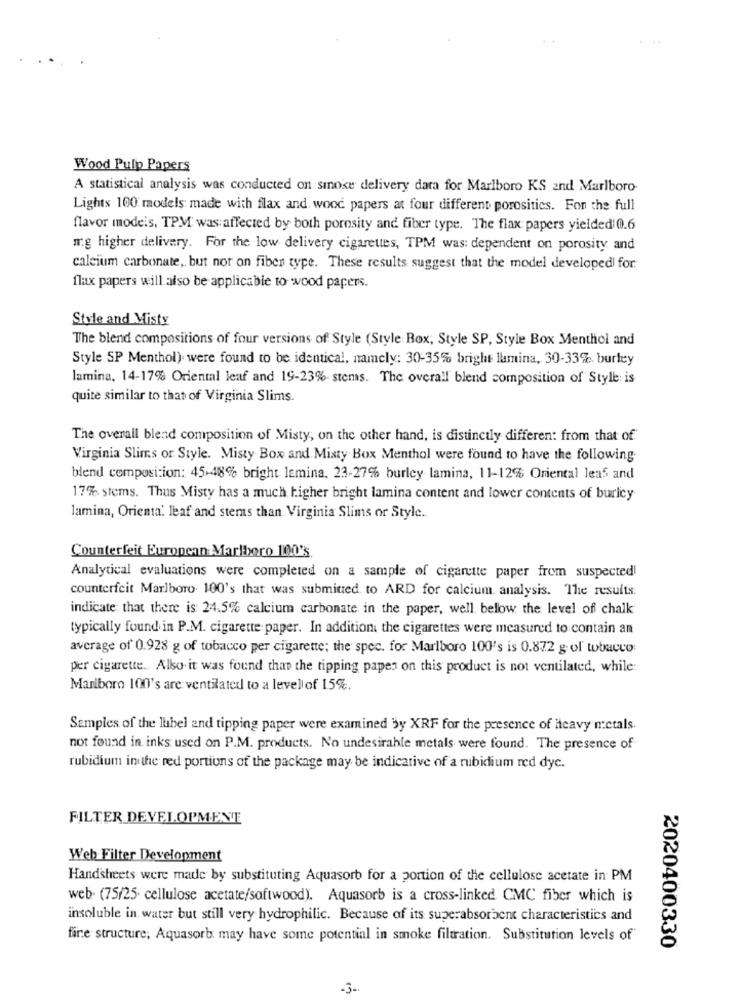
Wood Pulp Papers
A statistical analysis was conducted on sinose delivery data for Marlboro KS and Marlboro
Lights 100 models made with flax and wood papers at four different porositics. Fon the full
flavor models, TPM was affected by both porosity and fiber type. The flax papers yielded 0.6
mg higher delivery. For the low delivery cigareues, TPM was: dependent on porosity and
calcium carbonate, but not on fiber type. These results suggest that the model developed for.
flax papers will also be applicable to wood papers.
Style and Misty
The blend compositions of four versions of Style (Style Box, Style SP, Style Box Menthol and
Style SP Menthol) were found to be identical, namely: 30-35% bright lamina, 30-33%. burley
lamina, 14-17% Oriental leaf and 19-23%- stems. The overall blend composition of Style is
quite similar to that of Virginia Slims.
The overall blend composition of Misty, on the other hand, is distinctly different from that of
Virginia Slims or Style. Misty Box and Misty Box Menthol were found to have the following
blend composition: 45.48% bright lemina, 23-27% burley lamina, 11-12% Oriental leas and
17% stems. Thus Misty has a much higher bright lamina content and lower contents of burley
lamina, Orienta. leaf and stems than Virginia Slims or Style.
Counterfeit European Marlboro 100's.
Analytical evaluations were completed on a sample of cigarette paper from suspected
counterfeit Marlboro. 100's that was submitted to ARD for calcium. analysis. The results:
indicate that there is 24.5% calcium carbonate in the paper, well below the level of chalk
typically found in P.M. cigarette paper. In addition the cigarettes were measured to contain an
average of 0.928 g of tobacco per cigarette; the spec. for Marlboro 100's is 0.872 g. of tobacco:
per cigarette. Alko it was found than the tipping paper on this product is not ventilated, while:
Marlboro 100's are ventilated to a levellof 15%.
Samples of the label and tipping paper were examined by XRF for the presence of Heavy metals.
not found in inks used on P.M. products. No undesirable metals were found. The presence of
rubidium in the red portions of the package may be indicative of a rubidium red dyc.
FILTER DEVELOPMENT
Web Filter Development
Handsheets were made by substituting Aquasorb for a portion of the cellulose acetate in PM
web- (75/25. cellulose acetate/softwood). Aquasorb is a cross-linked CMC fiber which is
insoluble in water but still very hydrophilic. Because of its superabsorbent characteristics and
fire structure; Aquasorb may have some potential in smoke filtration. Substitution levels of
2020400330
-3-